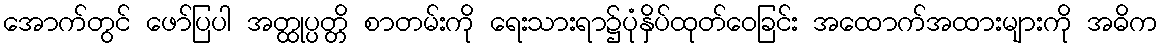
အောက်တွင် ဖော်ပြပါ အတ္ထုပ္ပတ္တိ စာတမ်းကို ရေးသားရာ၌ပုံနှိပ်ထုတ်ဝေခြင်း အထောက်အထားများကို အဓိက